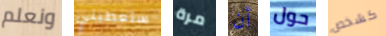
ونعلم ستعطيني مرة أن حول كشخص